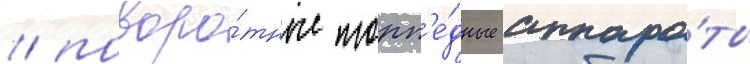
/ поворо́тные торп'е́дные аппара́ты